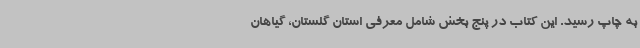
به چاپ رسید. این کتاب در پنج بخش شامل معرفی استان گلستان، گیاهان